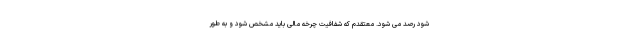
شود رصد می شود. معتقدم که شفافیت چرخه مالی باید مشخص شود و به طور